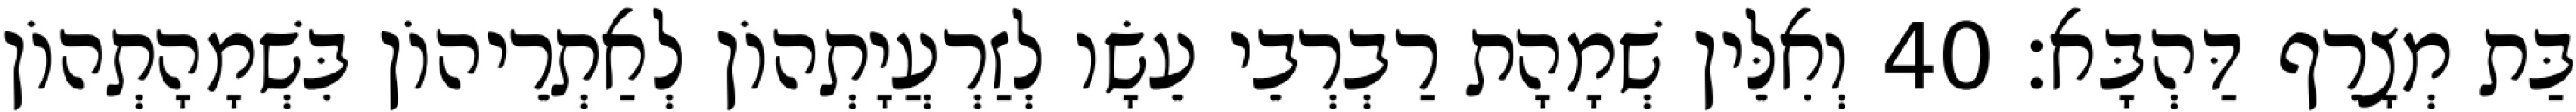
בַּת מְצָרֵף דַּהְבָּא׃ 40 וְאִלֵּין שְׁמָהָת רַבְרְבֵי עֵשָׂו לְזַרְעֲיָתְהוֹן לְאַתְרֵיהוֹן בִּשְׁמָהָתְהוֹן